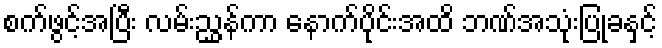
စက်ဖွင့်အပြီး လမ်းညွှန်ကာ နောက်ပိုင်းအထိ ဘဏ်အသုံးပြုခနှင့်